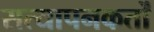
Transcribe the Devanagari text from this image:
सत्यापनकर्तों